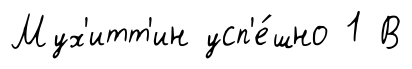
Мух'итт'ин усп'е́шно 1 В